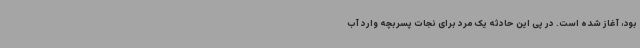
بود، آغاز شده است. در پی این حادثه یک مرد برای نجات پسربچه وارد آب